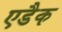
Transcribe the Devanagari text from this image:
एडैक